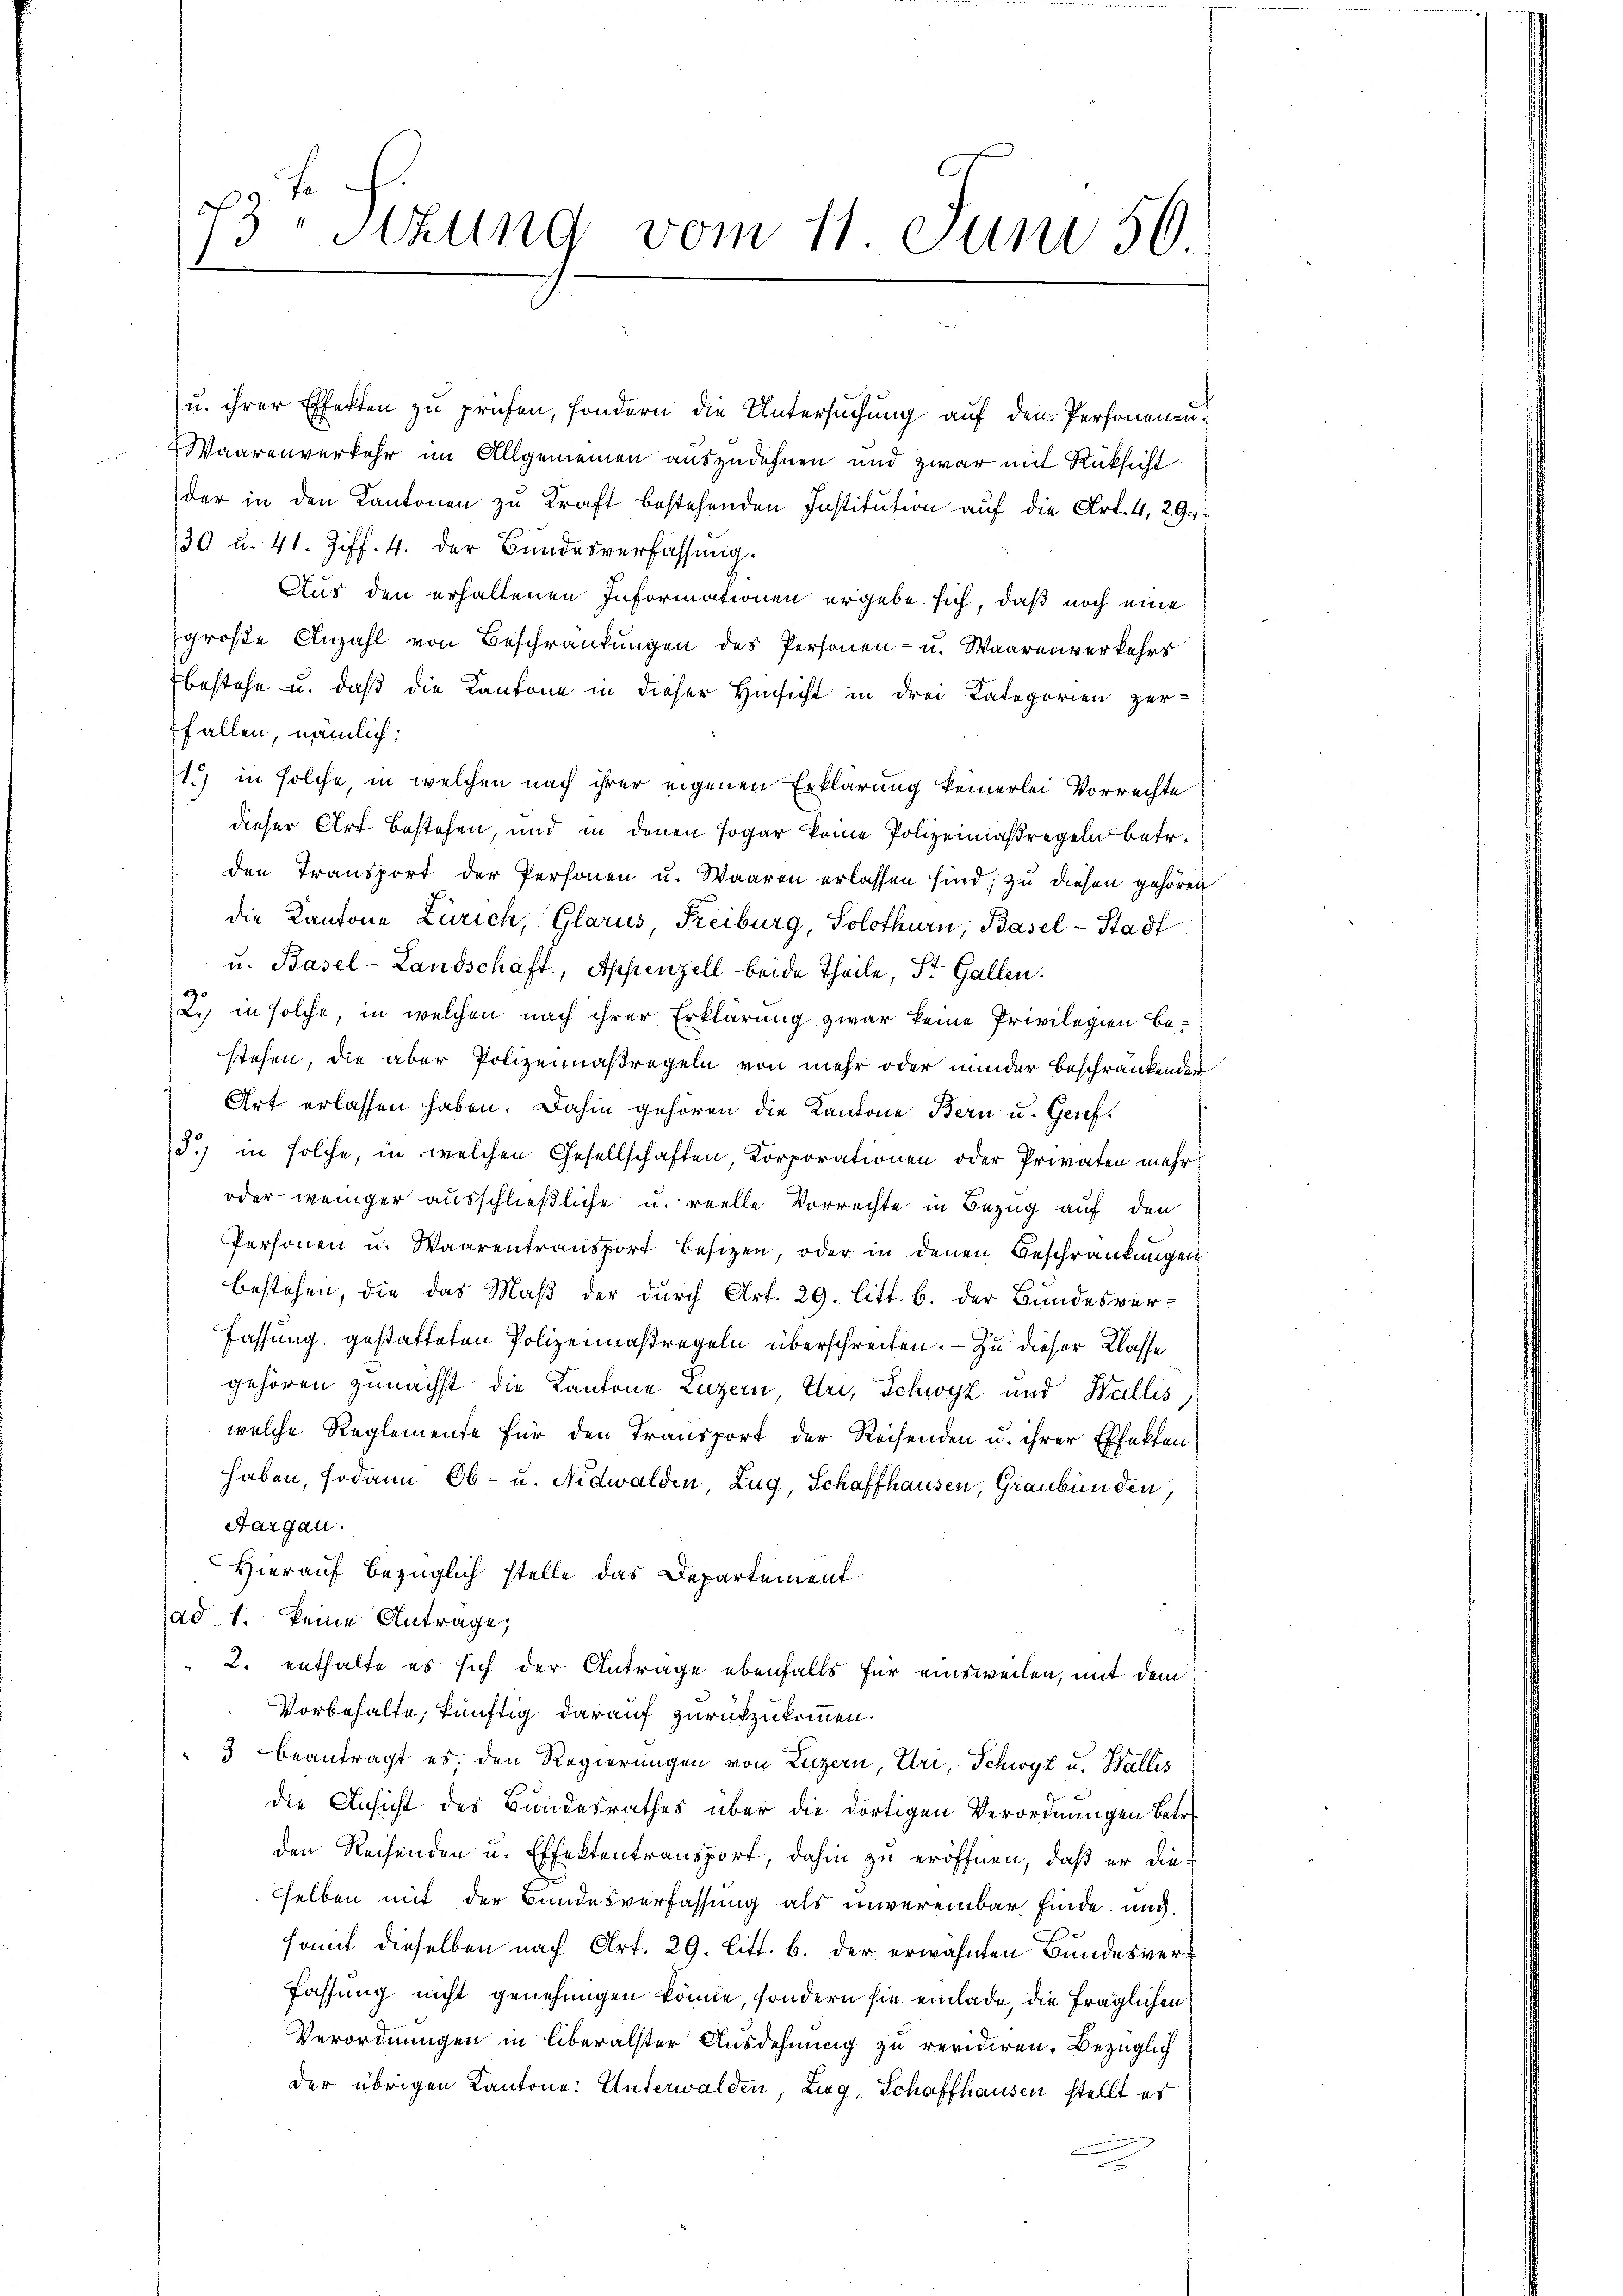
73 sizung vom 11. Juni 50.

u. ihrer Effekten zu prüfen, sondern die Untersuchung auf den Personen zu
Waarenverkehr im Allgemeinen auszudehnen und zwar mit Rücksicht
der in den Kantonen zu Kraft bestehenden Institution auf die Art. 4, 29.
30 u. 41. Ziff. 4. der Bundesverfassung.
Aus den erhaltenen Informationen ergebe sich, daß noch eine
große Anzahl von Beschränkungen des Personen- u. Waarenverkehrs
bestehe u. daß die Kantone in dieser Hinsicht in drei Kategorien zer-
ffallen, nämlich:
1.) in solche, in welchen nach ihrer eigenen Erklärung keinerlei Vorrechte
dieser Art bestehen, und in denen sogar keine Polizeimaßregeln betr.
den Transport der Personen u. Waaren erlassen sind, zu diesen gehören
die Kantone Zürich, Glarus, Freiburg, Solothurn, Basel-Stadt
u. Basel-Landschaft, Appenzell beide Theile, St. Gallen.
2.) in solche, in welchen nach ihrer Erklärung zwar keine Privilegien be-
stehen, die aber Polizeimaßregeln von mehr oder minder beschränkender
Art erlassen haben. Dahin gehören die Kantone Bern u. Geref¬
3.) in solche, in welchen Gesellschaften, Korporationen oder Privaten mehr
oder weniger ausschließliche u. reelle Vorrechte in Bezug auf den
Personen u. Waarentransport besizen, oder in denen Beschränkungen
bestehen, die das Maß der durch Art. 29. litt. b. der Bundesver-
Fassung gestatteten Polizeimaßregeln überschreiten. — Zu dieser Classe
gehören zunächst die Kantone Luzern, Uri, Schwyz und Wallis,
welche Reglemente für den Transport der Reisenden u. ihrer Effekten
haben, sodann Ob- u. Nidwalden, Zug, Schaffhausen, Graubünden,
Aargau.
Hierauf bezüglich stelle das Departement
(ad 1. keine Antrage,
2. enthalte es sich der Antrage ebenfalls für einsweilen, mit dem
Vorbehalte, künftig darauf zurückzukommen.
3 beantragt es, den Regierungen von Luzern, Uri, Schwyz u. Wallis
die Ansicht des Bundesrathes über die dortigen Verordnungen betr.
den Reisenden u. Effektentransport, dahin zu eröffnen, daß er die
selben mit der Bundesverfassung als unvereinbar finde und
somit dieselben nach Art. 29. Litt. b. der erwähnten Bundesver¬
Fassung nicht genehmigen könne, sondern sie einlade, die fraglichen
Verordnungen in liberalster Ausdehnung zu revidiren. Bezüglich
der übrigen Kantone: Unterwalden, Lieg, Schaffhausen stellt es